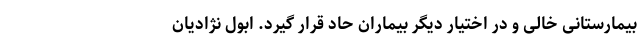
بیمارستانی خالی و در اختیار دیگر بیماران حاد قرار گیرد. ابول نژادیان